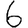
Digit: 6